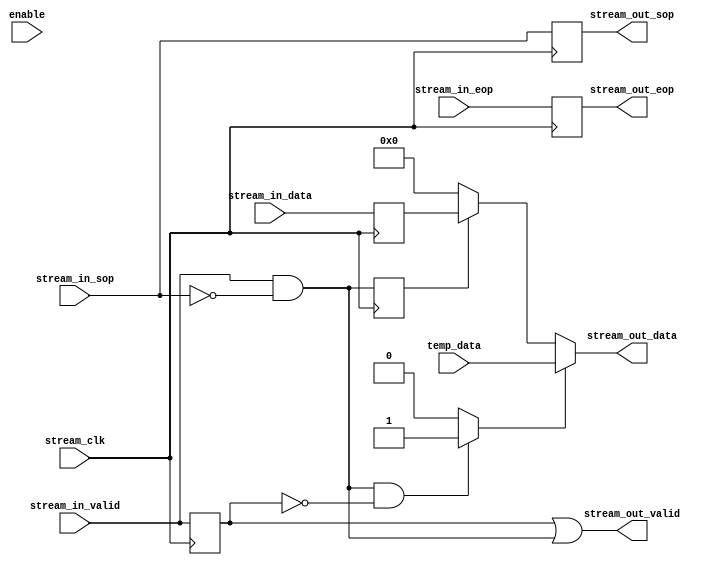


module hawk_videoAddTemp (	
	input [15:0] temp_data, 
	// avalon stream interface
	input enable,
	input stream_clk,
	
	input stream_in_sop,
	input stream_in_valid,
	input [15:0] stream_in_data, 
	input stream_in_eop,
	
	output stream_out_sop,
	output stream_out_valid,
	output [15:0] stream_out_data,
	output stream_out_eop
	);


parameter SIZE_X = 640; //639
parameter SIZE_Y = 480; //479

reg valid = 0;
reg sof = 0;
reg eof = 0;
reg [15:0] data = 0;
wire valid_data;
reg r_valid_data = 0;

assign valid_data = stream_in_valid & !stream_in_sop;

always @(posedge stream_clk)
begin
	sof   <= stream_in_sop;
	valid <= stream_in_valid;
	r_valid_data <= valid_data;
	eof   <= stream_in_eop;
	data  <= stream_in_data;
end

wire puls;
wire [15:0] data_out;

assign puls = ((stream_in_valid & !stream_in_sop) && (~valid)) ? 1'b1 : 1'b0;
assign data_out = puls ? temp_data : (r_valid_data ? data : (16'h0));

assign stream_out_sop   = sof;
assign stream_out_valid = valid | valid_data;
assign stream_out_data  = data_out;
assign stream_out_eop   = eof;

//assign stream_sop_1   = stream_sop;
//assign stream_valid_1 = stream_valid;
//assign stream_data_1  = stream_data;
//assign stream_eop_1   = stream_eop;


//////////////////////////////////////////////////	

endmodule